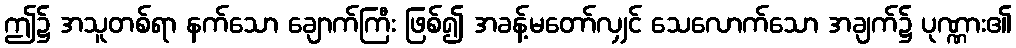
ဤ၌ အသူတစ်ရာ နက်သော ချောက်ကြီး ဖြစ်၍ အခန့်မတော်လျှင် သေလောက်သော အချက်၌ ပုဏ္ဏား၏